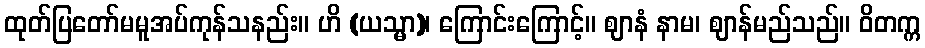
ထုတ်ပြတော်မမူအပ်ကုန်သနည်း။ ဟိ (ယသ္မာ)၊ ကြောင်းကြောင့်။ ဈာနံ နာမ၊ ဈာန်မည်သည်။ ဝိတက္က